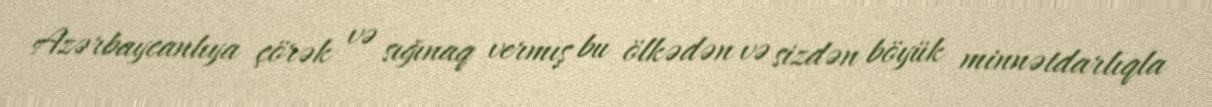
Azərbaycanlıya çörək və sığınaq vermış bu ölkədən və sizdən böyük minnətdarlıqla